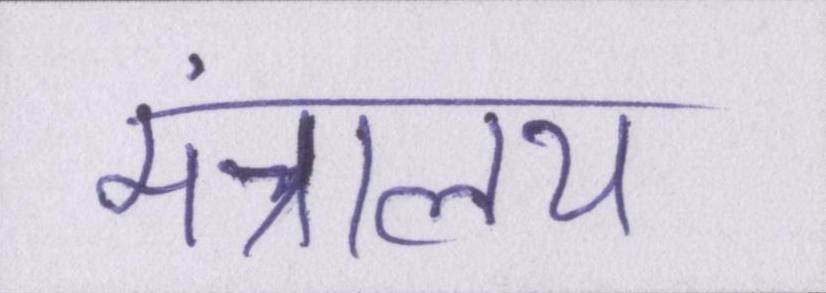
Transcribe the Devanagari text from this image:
मंत्रालय